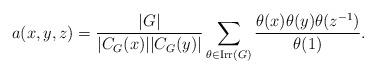
LaTeX: \begin{align*}a(x,y,z)=\frac{|G|}{|C_G(x)||C_G(y)|}\sum_{\theta\in {\rm Irr}(G)} \frac{\theta(x)\theta(y)\theta(z^{-1})}{\theta(1)}.\end{align*}